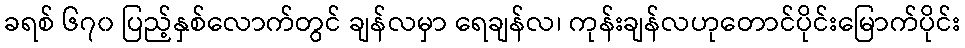
ခရစ် ၆၇၀ ပြည့်နှစ်လောက်တွင် ချန်လမှာ ရေချန်လ၊ ကုန်းချန်လဟုတောင်ပိုင်းမြောက်ပိုင်း